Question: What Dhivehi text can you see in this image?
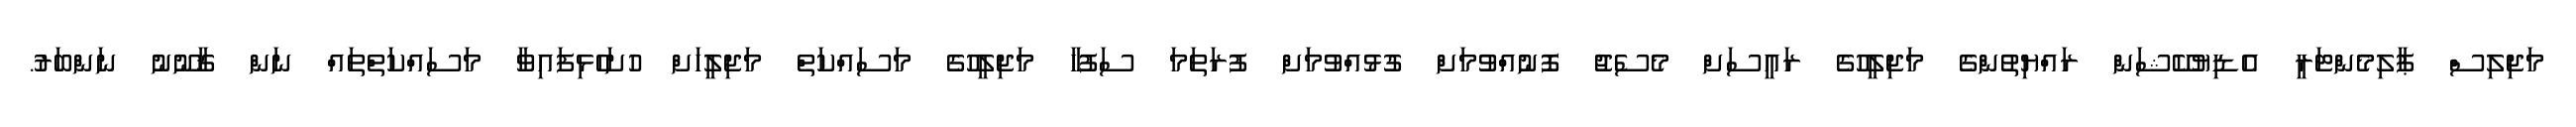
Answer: މަޖިލިސް ޕާލިމެންޓަރީ އެޑިޔުކޭޝަން ރައްޔިތުންގެ މަޖިލީހުގެ ރައީސަށް މެސެޖު ފޮނުއްވުމަށް ގުޅުއްވުމަށް ފުރަތަމަ ސަފުހާ މަޖިލީހުގެ މަސައްކަތް މަޖިލީހަށް ހުށަހެޅިފައިވާ މަސައްކަތްތައް ނަން ޤާނޫނު ނަންބަރު.